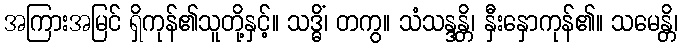
အကြားအမြင် ရှိကုန်၏သူတို့နှင့်။ သဒ္ဓိံ၊ တကွ။ သံသန္ဒန္တိ၊ နှီးနှောကုန်၏။ သမေန္တိ၊